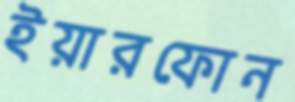
ইয়ারফোন